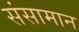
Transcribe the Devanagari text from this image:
संसामान